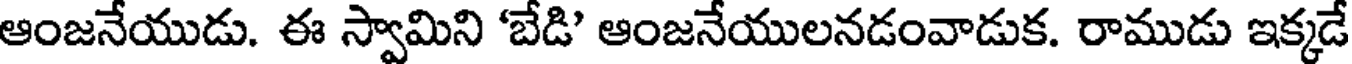
ఆంజనేయుడు. ఈ స్వామిని 'బేడి' ఆంజనేయులనడంవాడుక. రాముడు ఇక్కడే